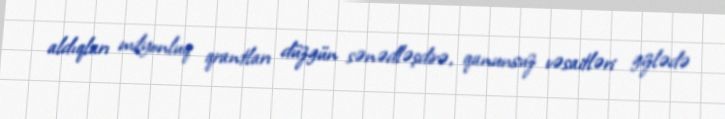
aldıqları milyonluq qrantları düzgün sənədləşdirə, qanunsuz vəsaitləri gizlədə